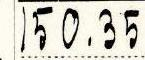
150.35